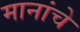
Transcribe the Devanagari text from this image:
मानांचे